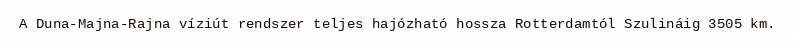
A Duna-Majna-Rajna víziút rendszer teljes hajózható hossza Rotterdamtól Szulináig 3505 km.